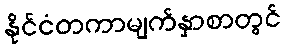
နိုင်ငံတကာမျက်နှာစာတွင်